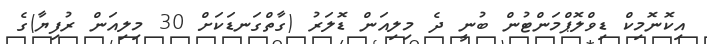
އިކޮނޮމިކް ޑިވްލޮޕްމަންޓުން ބުނީ ދެ މިލިއަން ޑޮލަރު (ގާތްގަނޑަކަށް 30 މިލިއަން ރުފިޔާ)ގެ